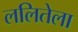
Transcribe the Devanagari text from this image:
ललितेला